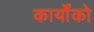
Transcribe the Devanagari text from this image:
कार्योंको